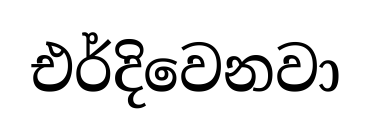
එර්දිවෙනවා